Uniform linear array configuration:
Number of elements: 8
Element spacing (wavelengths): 1
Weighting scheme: hamming
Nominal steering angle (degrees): -60
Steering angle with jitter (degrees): -59.611
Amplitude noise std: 0.05
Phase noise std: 0.05

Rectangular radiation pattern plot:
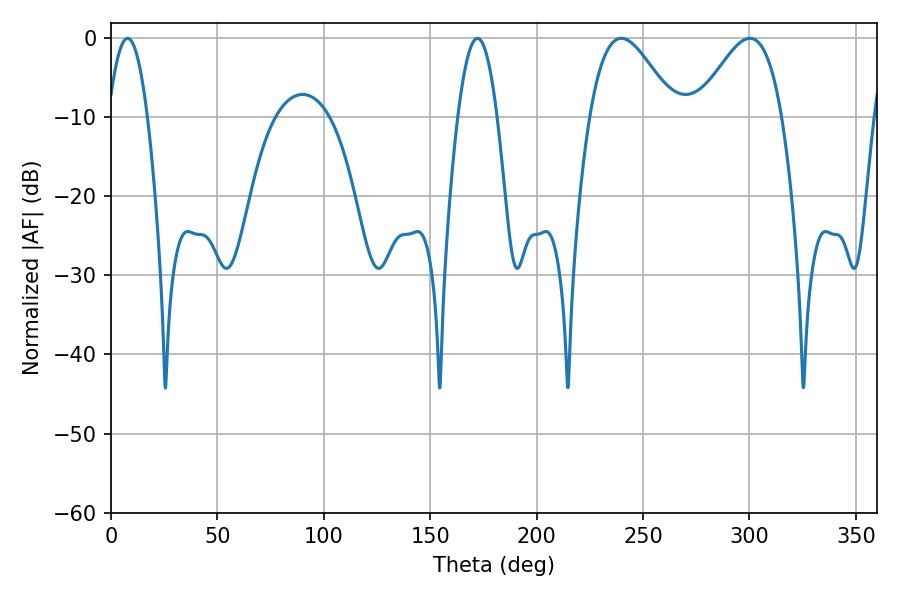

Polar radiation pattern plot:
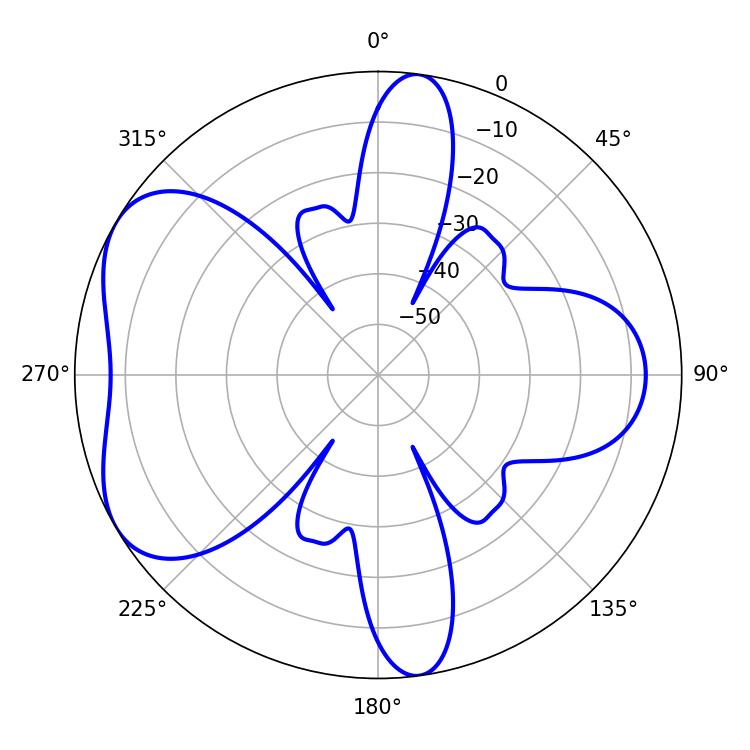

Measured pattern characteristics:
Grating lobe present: TRUE
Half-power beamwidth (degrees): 21.42
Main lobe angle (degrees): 239.76